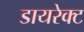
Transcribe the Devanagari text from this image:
डायरेक्‍ट